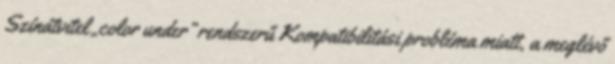
Színátvitel „color under” rendszerű Kompatibilitási probléma miatt, a meglévő